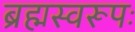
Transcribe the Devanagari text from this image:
ब्रह्मस्वरूपः